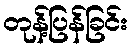
တုန့်ပြန်ခြင်း